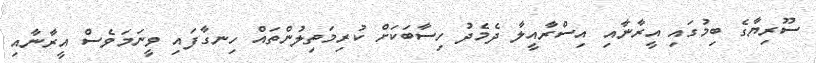
ސޫރިޔާގެ ބިމުގައި އީރާނާއި އިސްރާއީލާ ދެމެދު ހިސާބަކަށް ކުރިމަތިލުންތައް ހިނގާފައި ވީނަމަވެސް އީރާނާއި